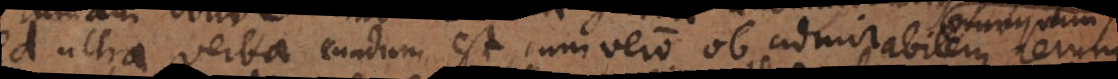
Sed ultra verba eundum est, cum vero ob admirabilem rerum